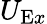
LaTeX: U_{\mathrm{E}x}